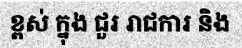
ខ្ពស់ ក្នុង ជួរ រាជការ និង